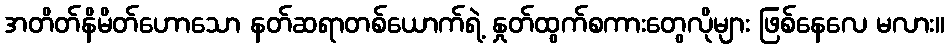
အတိတ်နိမိတ်ဟောသော နတ်ဆရာတစ်ယောက်ရဲ့ နှုတ်ထွက်စကားတွေလိုများ ဖြစ်နေလေ မလား။